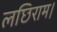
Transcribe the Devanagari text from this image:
लछिराम।